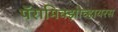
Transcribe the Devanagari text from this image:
पॅरामिक्झोव्हायरस